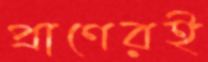
প্রাণেরই